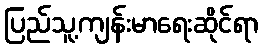
ပြည်သူ့ကျန်းမာရေးဆိုင်ရာ